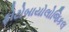
ફોટોબાયોલોજિકલ